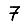
Digit: 7